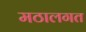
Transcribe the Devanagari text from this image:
मठालगत